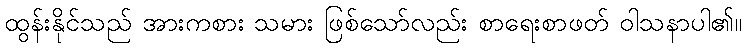
ထွန်းနိုင်သည် အားကစား သမား ဖြစ်သော်လည်း စာရေးစာဖတ် ဝါသနာပါ၏။